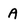
Character: A